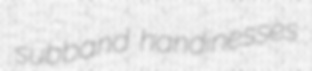
subband handinesses